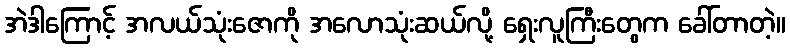
အဲဒါကြောင့် အလယ်သုံးဇောကို အလောသုံးဆယ်လို့ ရှေးလူကြီးတွေက ခေါ်တာတဲ့။